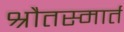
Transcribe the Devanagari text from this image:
श्रौतस्मार्त